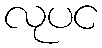
လုပင